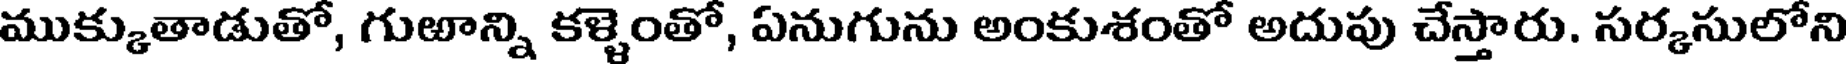
ముక్కుతాడుతో, గుఱాన్ని కళ్ళెంతో, ఏనుగును అంకుశంతో అదుపు చేస్తారు. సర్కసులోని